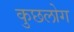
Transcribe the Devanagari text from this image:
कुछलोग